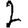
Digit: 2